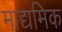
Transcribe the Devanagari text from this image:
माद्यमिक